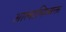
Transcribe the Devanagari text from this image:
आत्माभिव्यक्त